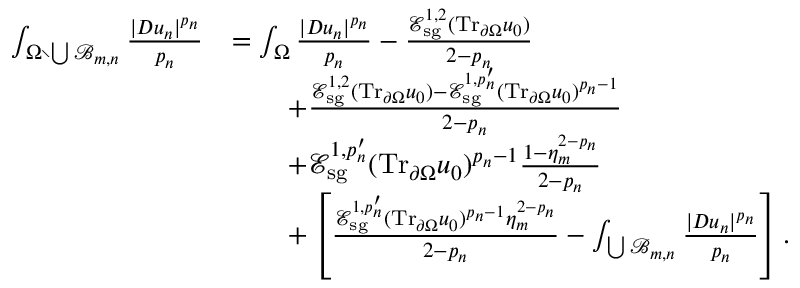
\begin{array} { r l } { \int _ { \Omega \setminus \bigcup \mathcal B _ { m , n } } \frac { | D u _ { n } | ^ { p _ { n } } } { p _ { n } } } & { = \int _ { \Omega } \frac { | D u _ { n } | ^ { p _ { n } } } { p _ { n } } - \frac { \mathcal E _ { \mathrm { s g } } ^ { 1 , 2 } ( \mathrm { T r } _ { \partial \Omega } u _ { 0 } ) } { 2 - p _ { n } } } \\ & { \quad \quad + \frac { \mathcal E _ { \mathrm { s g } } ^ { 1 , 2 } ( \mathrm { T r } _ { \partial \Omega } u _ { 0 } ) - \mathcal E _ { \mathrm { s g } } ^ { 1 , p _ { n } ^ { \prime } } ( \mathrm { T r } _ { \partial \Omega } u _ { 0 } ) ^ { p _ { n } - 1 } } { 2 - p _ { n } } } \\ & { \quad \quad + \mathcal E _ { \mathrm { s g } } ^ { 1 , p _ { n } ^ { \prime } } ( \mathrm { T r } _ { \partial \Omega } u _ { 0 } ) ^ { p _ { n } - 1 } \frac { 1 - \eta _ { m } ^ { 2 - p _ { n } } } { 2 - p _ { n } } } \\ & { \quad \quad + \left[ \frac { \mathcal E _ { \mathrm { s g } } ^ { 1 , p _ { n } ^ { \prime } } ( \mathrm { T r } _ { \partial \Omega } u _ { 0 } ) ^ { p _ { n } - 1 } \eta _ { m } ^ { 2 - p _ { n } } } { 2 - p _ { n } } - \int _ { \bigcup \mathcal B _ { m , n } } \frac { | D u _ { n } | ^ { p _ { n } } } { p _ { n } } \right] . } \end{array}